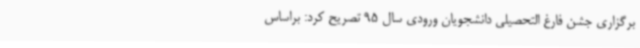
برگزاری جشن فارغ التحصیلی دانشجویان ورودی سال 95 تصریح کرد: براساس